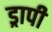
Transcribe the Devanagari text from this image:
ड्रापी